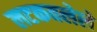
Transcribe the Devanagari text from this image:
लटकवलेले